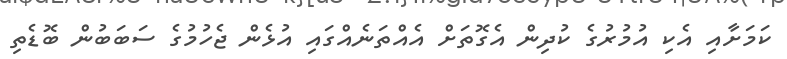
ކަމަށާއި އެކި އުމުރުގެ ކުދިން އެގޮތަށް އެއްތަނެއްގައި އުޅެން ޖެހުމުގެ ސަބަބުން ބޮޑެތި